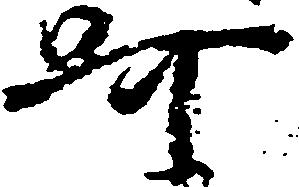
呵